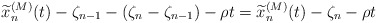
\begin{align*} \widetilde{x}_n^{(M)}(t)-\zeta_{n-1}-(\zeta_n-\zeta_{n-1})-\rho t=\widetilde{x}_n^{(M)}(t)-\zeta_n-\rho t\end{align*}